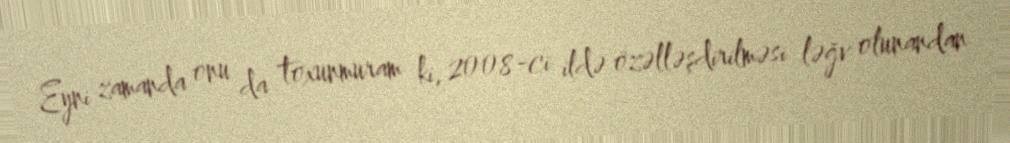
Eyni zamanda onu da toxunmuram ki, 2008-ci ildə özəlləşdirilməsi ləğv olunandan